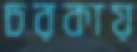
চরকায়